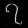
Digit: ၇